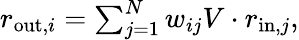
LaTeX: \begin{array}{r}{\textstyle r_{\mathrm{out},i}=\sum_{j=1}^{N}w_{ij}V\cdot r_{\mathrm{in},j},}\end{array}